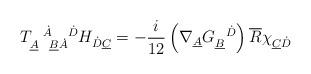
LaTeX: \begin{align*}T_{\underline{A}\ \ \underline{B}\dot A}^{\ \ \dot A\ \ \ \dot D} H_{\dot D\underline{C}}=-\frac{i}{12} \left( \nabla_{\underline{A}} G_{\underline{B}}^{\ \ \dot D}\right) \overline{R}\chi_{\underline{C}\dot D}\end{align*}